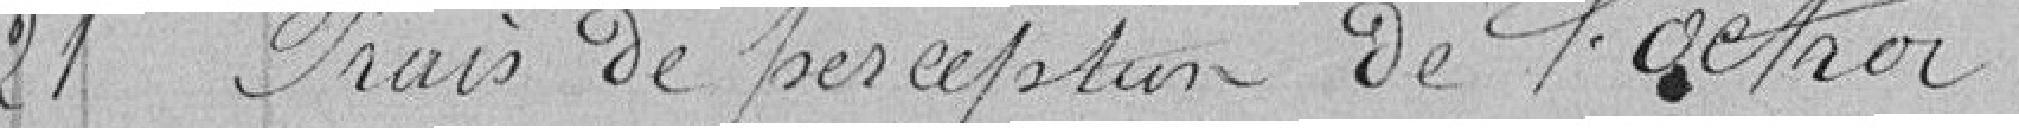
21 - Frais de perception de l'octroi